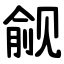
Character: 觎